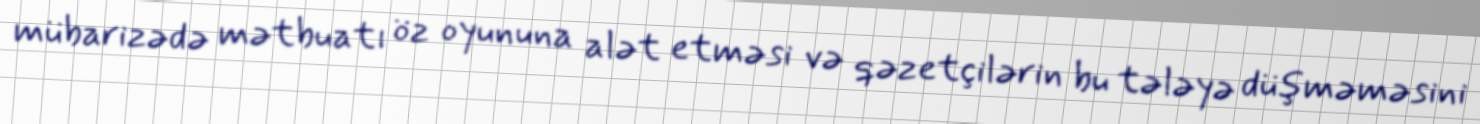
mübarizədə mətbuatı öz oyununa alət etməsi və qəzetçilərin bu tələyə düşməməsini